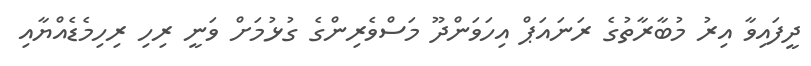
ދީފައިވާ އިރު މުބާރާތުގެ ރަނައަޕް އިހަވަންދޫ މަސްވެރިންގެ ގުޅުމަށް ވަނީ ރިހި ރިހިމެޑެއްޔާއި